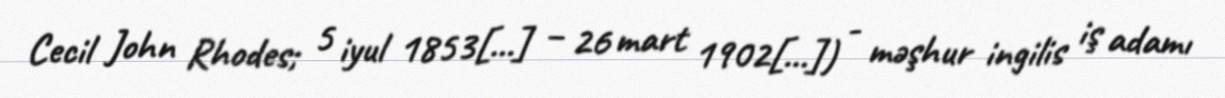
Cecil John Rhodes; 5 iyul 1853[…] – 26 mart 1902[…]) - məşhur ingilis iş adamı